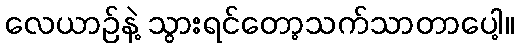
လေယာဉ်နဲ့ သွားရင်တော့သက်သာတာပေါ့။